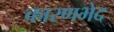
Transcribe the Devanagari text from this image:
कारणभेद